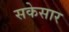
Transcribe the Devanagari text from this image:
सकेसार